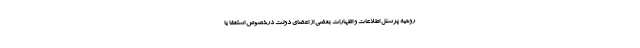
روحیه پرسنل اطلاعات و اظهارات بعضى از اعضاى دولت درخصوص استعفا یا